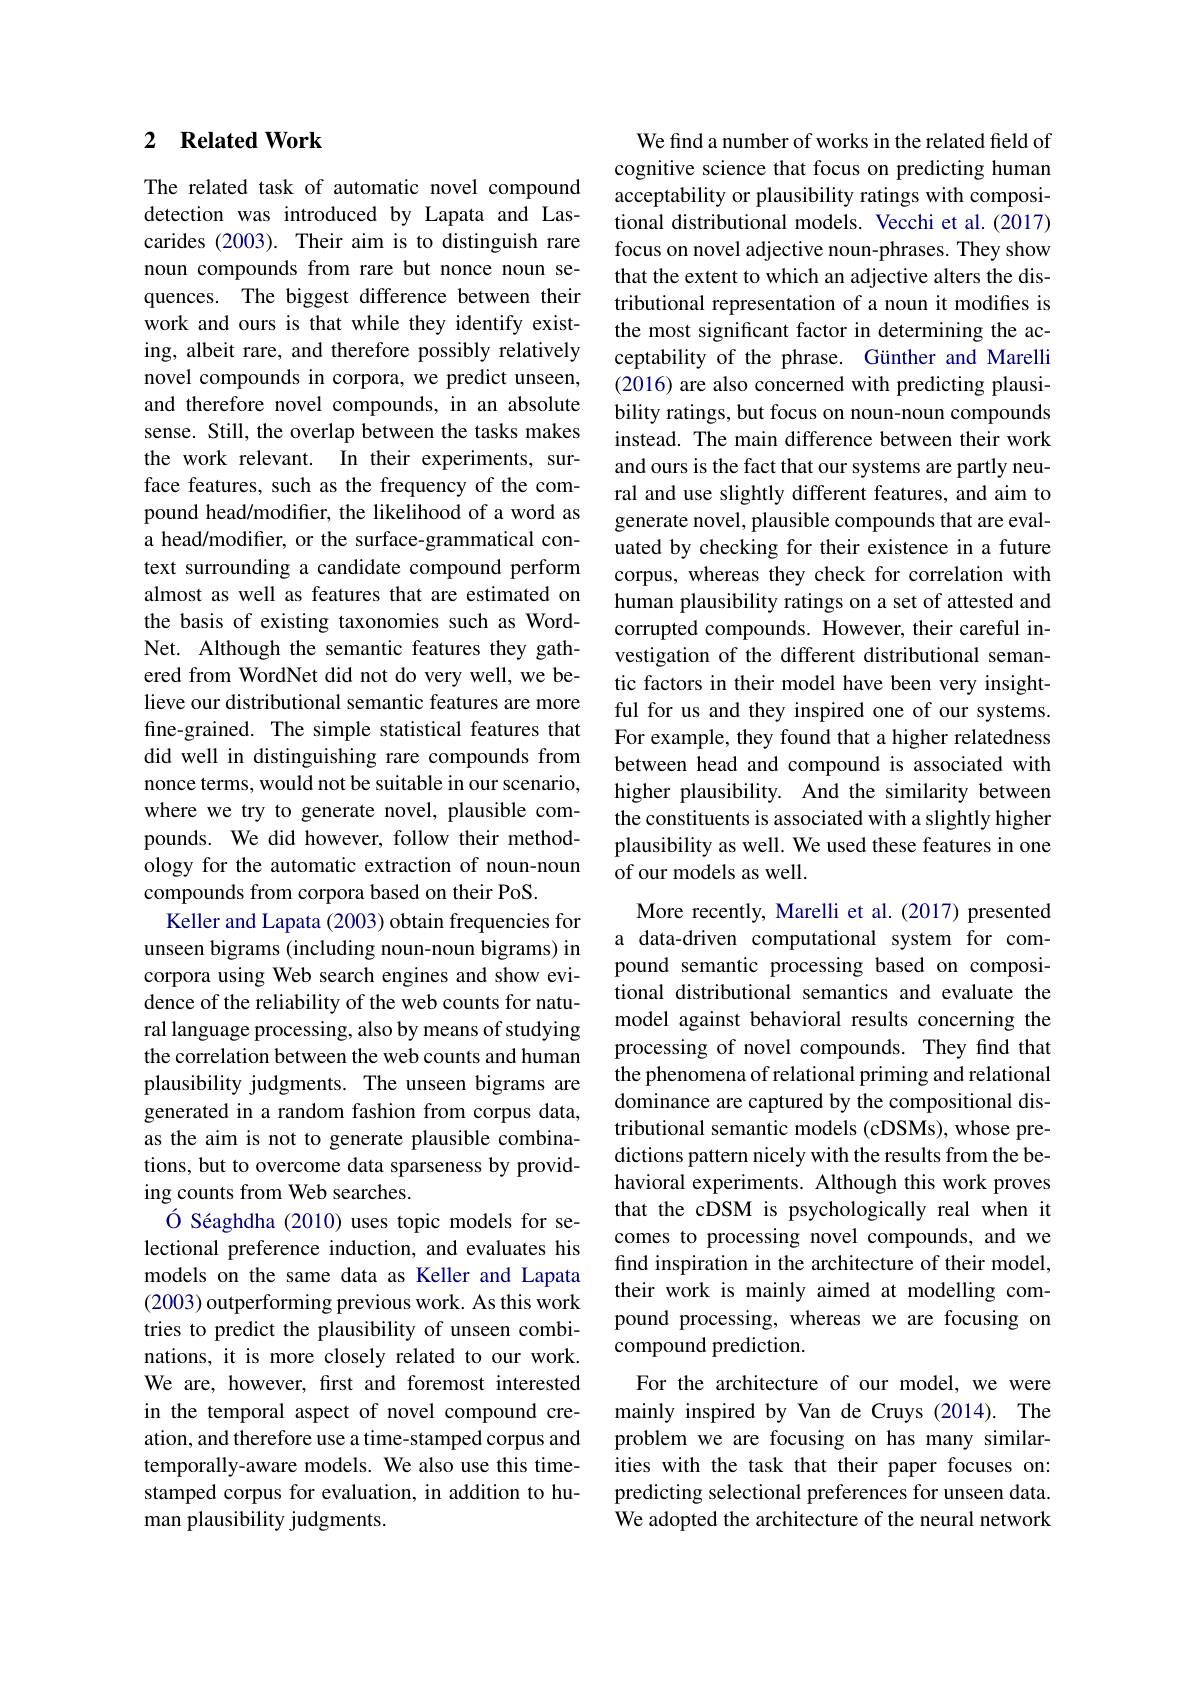
### 2 $\textbf{Related Work}$

The related task of automatic novel compound detection was introduced by Lapata and Lascarides (2003). Their aim is to distinguish rare noun compounds from rare but nonce noun sequences. The biggest difference between their work and ours is that while they identify existing, albeit rare, and therefore possibly relatively novel compounds in corpora, we predict unseen, and therefore novel compounds, in an absolute sense. Still, the overlap between the tasks makes the work relevant. In their experiments, surface features, such as the frequency of the compound head/modifer, the likelihood of a word as a head/modifer, or the surface-grammatical context surrounding a candidate compound perform almost as well as features that are estimated on the basis of existing taxonomies such as WordNet. Although the semantic features they gathered from WordNet did not do very well, we believe our distributional semantic features are more fine-grained. The simple statistical features that did well in distinguishing rare compounds from nonce terms, would not be suitable in our scenario, where we try to generate novel, plausible compounds. We did however, follow their methodology for the automatic extraction of noun-noun compounds from corpora based on their PoS.
Keller and Lapata (2003) obtain frequencies for unseen bigrams (including noun-noun bigrams) in corpora using Web search engines and show evidence of the reliability of the web counts for natural language processing, also by means of studying the correlation between the web counts and human plausibility judgments. The unseen bigrams are generated in a random fashion from corpus data, as the aim is not to generate plausible combinations, but to overcome data sparseness by providing counts from Web searches.
Ó Séaghdha (2010) uses topic models for selectional preference induction, and evaluates his models on the same data as Keller and Lapata (2003) outperforming previous work. As this work tries to predict the plausibility of unseen combinations, it is more closely related to our work. We are, however, first and foremost interested in the temporal aspect of novel compound creation, and therefore use a time-stamped corpus and temporally-aware models. We also use this timestamped corpus for evaluation, in addition to human plausibility judgments.

We find a number of works in the related field of cognitive science that focus on predicting human acceptability or plausibility ratings with compositional distributional models. Vecchi et al. (2017) focus on novel adjective noun-phrases. They show that the extent to which an adjective alters the distributional representation of a noun it modifes is the most significant factor in determining the acceptability of the phrase. Günther and Marelli (2016) are also concerned with predicting plausibility ratings, but focus on noun-noun compounds instead. The main difference between their work and ours is the fact that our systems are partly neural and use slightly different features, and aim to generate novel, plausible compounds that are evaluated by checking for their existence in a future corpus, whereas they check for correlation with human plausibility ratings on a set of attested and corrupted compounds. However, their careful investigation of the different distributional semantic factors in their model have been very insightful for us and they inspired one of our systems. For example, they found that a higher relatedness between head and compound is associated with higher plausibility. And the similarity between the constituents is associated with a slightly higher plausibility as well. We used these features in one of our models as well.
More recently, Marelli et al. (2017) presented a data-driven computational system for compound semantic processing based on compositional distributional semantics and evaluate the model against behavioral results concerning the processing of novel compounds. They find that the phenomena of relational priming and relational dominance are captured by the compositional distributional semantic models (cDSMs), whose predictions pattern nicely with the results from the behavioral experiments. Although this work proves that the cDSM is psychologically real when it comes to processing novel compounds, and we find inspiration in the architecture of their model, their work is mainly aimed at modelling compound processing, whereas we are focusing on compound prediction.
For the architecture of our model, we were mainly inspired by Van de Cruys (2014). The problem we are focusing on has many similarities with the task that their paper focuses on: predicting selectional preferences for unseen data. We adopted the architecture of the neural network